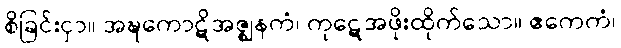
စိခြင်းငှာ။ အဍ္ဎကောဋိအဇ္ဈနကံ၊ ကုဋေအဖိုးထိုက်သော။ ဧကေကံ၊